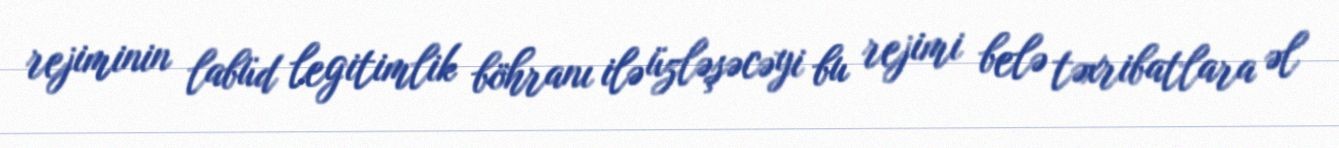
rejiminin labüd legitimlik böhranı ilə üzləşəcəyi bu rejimi belə təxribatlara əl